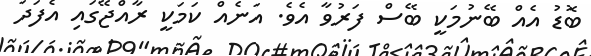
ބޮޑު އެއް ބޭނުމަކީ ބޭސް ފަރުވާ އެވެ. އަނެއް ކަމަކީ ރާއްޖޭގައި އެފަދަ